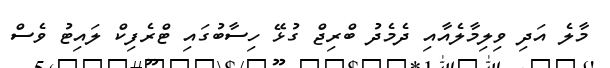
މާލެ އަދި ވިލިމާލެއާއި ދެމެދު ބްރިޖް ގުޅޭ ހިސާބުގައި ޓްރެފިކް ލައިޓު ވެސް